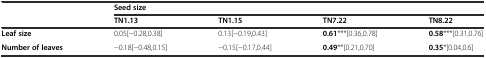
<table><thead><tr><td></td><td colspan="4"><b>Seed size</b></td></tr><tr><td></td><td><b>TN1.13</b></td><td><b>TN1.15</b></td><td><b>TN7.22</b></td><td><b>TN8.22</b></td></tr></thead><tbody><tr><td><b>Leaf size</b></td><td>0.05[−0.28,0.38]</td><td>0.13[−0.19,0.43]</td><td><b>0.61</b>***[0.36,0.78]</td><td><b>0.58</b>***[0.31,0.76]</td></tr><tr><td><b>Number of leaves</b></td><td>−0.18[−0.48,0.15]</td><td>−0.15[−0.17,0.44]</td><td><b>0.49</b>**[0.21,0.70]</td><td><b>0.35</b>*[0.04,0.6]</td></tr></tbody></table>